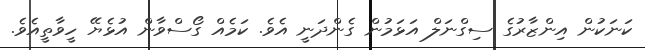
ކަނަކުން އިންޒާރުގެ ސިގްނަލް އަޅަމުން ގެންދަނީ އެވެ. ކަމެއް ގޯސްވާން އުޅެޔޭ ހީވާތީއެވެ.